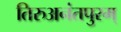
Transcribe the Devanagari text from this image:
तिरुअनंतपुरम्